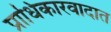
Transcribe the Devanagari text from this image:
प्राधिकारवादात